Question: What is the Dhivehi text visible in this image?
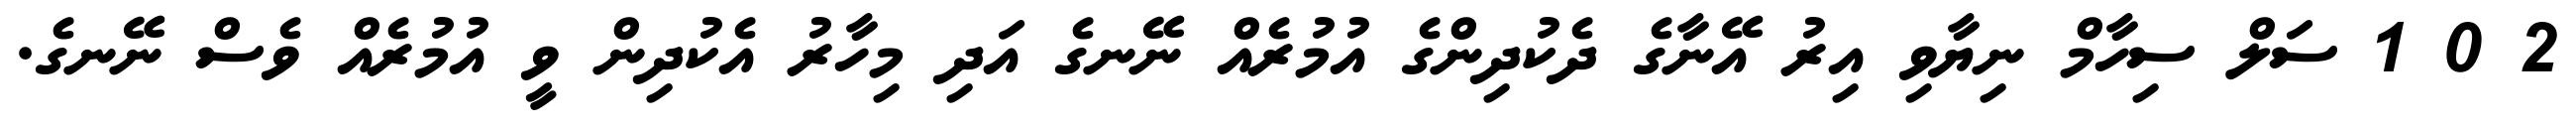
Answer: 2 0 1 ސަލް ސިހާމް ނިޔާވި އިރު އޭނާގެ ދެކުދިންގެ އުމުރެއް ނޭނގެ އަދި މިހާރު އެކުދިން ވީ އުމުރެއް ވެސް ނޭނގެ.